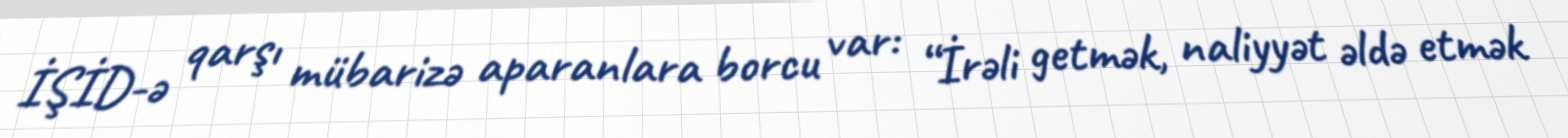
İŞİD-ə qarşı mübarizə aparanlara borcu var: “İrəli getmək, naliyyət əldə etmək